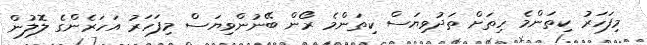
މިފަހަރު ކިތަންމެ ހިތަށް ތަދުވިޔަސް ކިތަންމެ ރޯން ބޭނުންވިޔަސް މިފަހަރު އަހަރެންގެ ލޮލުން